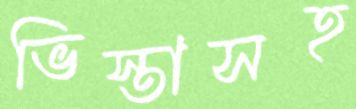
ভিস্তাসহ